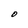
Character: O